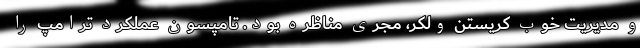
و مدیریت خوب کریستن ولکر، مجری مناظره بود. تامپسون عملکرد ترامپ را